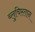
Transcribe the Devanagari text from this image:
ब्लुचिस्तान